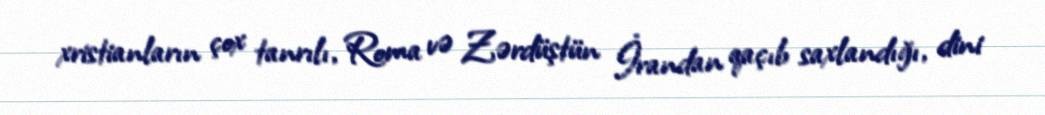
xristianların çox tanrılı, Roma və Zərdüştün İrandan qaçıb saxlandığı, dini